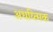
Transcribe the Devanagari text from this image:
अधय्त्मिक